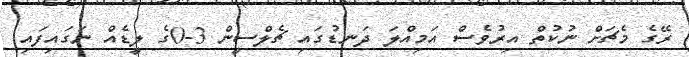
ރޭގެ މެޗަށް ނުކުތް އިރުވެސް އަމިއްލަ ދަނޑުގައި ޗެލްސީން 3-0ގެ ލީޑެއް ނަގައިފައި